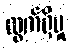
ထွက်ရှိမှု